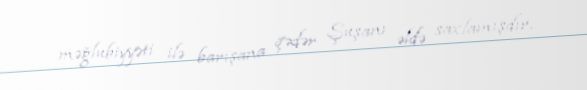
məğlubiyyəti ilə barışana qədər Şuşanı əldə saxlamışdır.